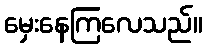
မှေးနေကြလေသည်။